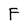
Character: F